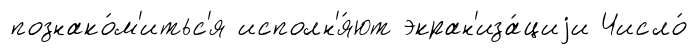
познако́м'итьс'я исполн'я́ют экран'иза́циjи Число́